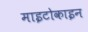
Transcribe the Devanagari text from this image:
माइटोकाइन